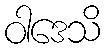
ဝါဒေသိ